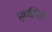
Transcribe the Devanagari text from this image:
प्रवृत्तियॉं